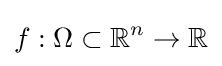
f:\Omega \subset \mathbb {R} ^{n}\to \mathbb {R}